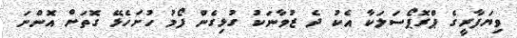
ވިޔަފާރީގެ ޕްރޮޕޯސަލަކާ އެކު ދެ ޒުވާނަކު ގުޅިގެން ފޯމު ހުށަހެޅޭ ގޮތަށް އޮންނަ